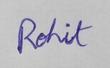
Signature authenticity: genuine